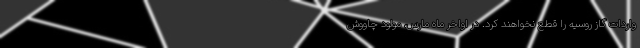
واردات گاز روسیه را قطع نخواهند کرد. در اواخر ماه مارس، مولود چاووش